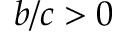
b / c > 0